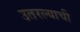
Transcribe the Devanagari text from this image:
उतरल्याची